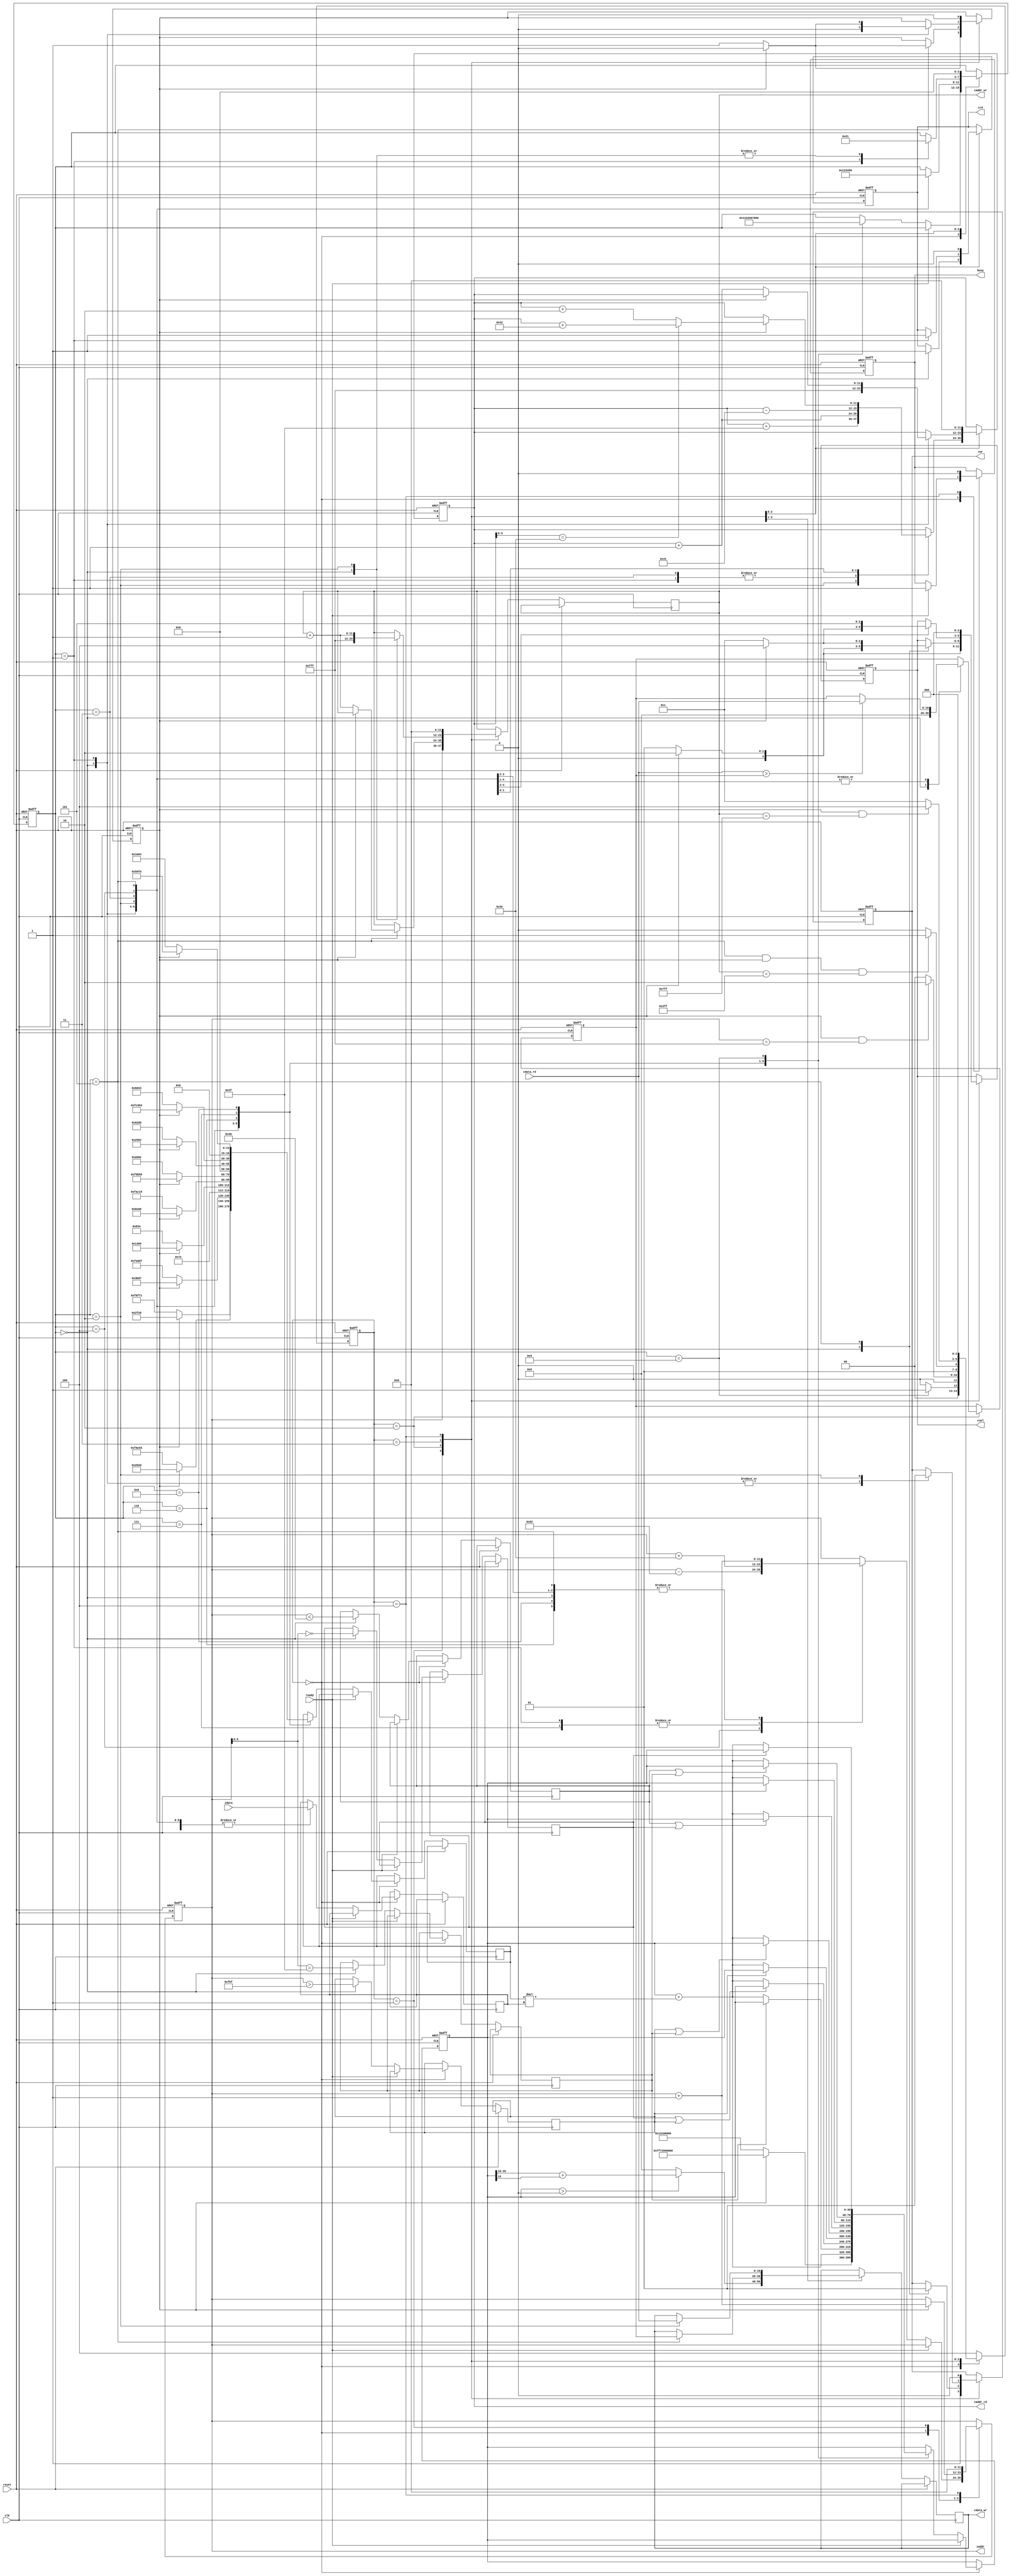

`timescale 1ns/10ps

module  CONV(
	input		clk,
	input		reset,
	output	reg	busy,	
	input		ready,	
			
	output	reg [11:0]	iaddr,
	input	[19:0]	idata,	
	
	output	reg	cwr,
	output	reg [11:0] caddr_wr,
	output	reg [19:0] cdata_wr,
	
	output	reg crd,
	output	reg [11:0] caddr_rd,
	input	[19:0] 	cdata_rd,
	
	output	reg [2:0] csel
	);


reg [2:0] state, NextState;
reg [3:0] counter;
reg signed [39:0] result;
reg signed [19:0] kernel,temp;
reg k_type;
reg up,down,left,right;
reg [19:0] local_max;
wire signed [39:0] mul;

assign mul = kernel * temp;


parameter Convolutional = 0;
parameter ReLU = 1;
parameter MaxPooling = 2;
parameter Flatten = 3;
parameter Finish = 4;

//Sequential circuit
always @(posedge clk or posedge reset) 
begin
	if(reset)
	begin
       iaddr <= 0;
	   busy <= 0;
	   result <= 0;
	   k_type <= 0;
	   cwr <= 0;
	   crd <= 0;
	   csel <= 0;
	   counter <= 0;
	   caddr_rd <= 0;
       local_max <= 0;
	   state <= Convolutional;
	end
	else
	begin
		state <= NextState;
	    case(state)
        Convolutional:begin
			           if(ready)
					   begin
					   	  busy <= 1;
					   end
					   else
					   begin
                        case(counter)
                        0:begin
							 if(k_type)
							 begin
							   result <= 40'hFF72950000;
                               kernel <= 20'h02F20;
							 end
							 else
							 begin
							   result <= 40'h0013100000;
							   kernel <= 20'hF8F71;
							 end
							 up <= (iaddr < 64);
							 left <= (iaddr[5:0] == 0);
							 right <= (iaddr[5:0] == 63);
							 down <= (iaddr > 4031);
							 temp <= idata;
							 iaddr <= iaddr + 1;
                             counter <= 1;
						  end

						1:begin
							 if(k_type)
                               kernel <= 20'h0202D;
							 else
							   kernel <= 20'hF6E54;
							 temp <= idata;
							 result <= result + mul;
							 iaddr <= iaddr + 62;
							 counter <= 2;
						  end

						2:begin
							 if(right)
							 begin
							 end
							 else
							 begin
								result <= result + mul;
							 end
							 if(k_type)
                               kernel <= 20'h03BD7;
							 else
							   kernel <= 20'hFA6D7;
							 temp <= idata;
							 iaddr <= iaddr + 1;
							 counter <= 3;
						  end

						3:begin
							 if(left || down)
							 begin
							 end
							 else
							 begin
								result <= result + mul;
							 end
							 if(k_type)
                               kernel <= 20'hFD369;
							 else
							   kernel <= 20'hFC834;
							 temp <= idata;
							 iaddr <= iaddr + 1;
							 counter <= 4;
						  end

						4:begin
							 if(down)
							 begin
							 end
							 else
							 begin
								result <= result + mul;
							 end
							 if(k_type)
                               kernel <= 20'h05E68;
							 else
							   kernel <= 20'hFAC19;
							 temp <= idata;
							 iaddr <= iaddr - 130;
							 counter <= 5;
						  end

						5:begin
							 if(down || right)
							 begin
							 end
							 else
							 begin
								result <= result + mul;
							 end
							 if(k_type)
                               kernel <= 20'hFDB55;
							 else
							   kernel <= 20'h0A89E;
							 temp <= idata;
							 iaddr <= iaddr + 1;
							 counter <= 6;
						  end

						6:begin
							 if(up || left)
							 begin
							 end
							 else
							 begin
								result <= result + mul;
							 end
							 if(k_type)
                               kernel <= 20'h02992;
							 else
							   kernel <= 20'h092D5;
							 temp <= idata;
							 iaddr <= iaddr + 1;
							 counter <= 7;
						  end

						7:begin
							 if(up)
							 begin
							 end
							 else
							 begin
								result <= result + mul;
							 end
							 if(k_type)
                               kernel <= 20'hFC994;
							 else
							   kernel <= 20'h06D43;
							 temp <= idata;
							 iaddr <= iaddr + 62;
							 counter <= 8;
						  end

						8:begin
							 if(up || right)
							 begin
							 end
							 else
							 begin
								result <= result + mul;
							 end
							 if(k_type)
                               kernel <= 20'h050FD;
							 else
							   kernel <= 20'h01004;
							 temp <= idata;
							 iaddr <= iaddr + 1;
							 counter <= 9;
						  end
						
						9:begin
							 if(left)
							 begin
							 end
							 else
							 begin
								result <= result + mul;
							 end
                             counter <= 0;
						  end
						endcase
		              end
		           end

		ReLU:begin
			    if(k_type)
				begin
                    csel <= 2;
					iaddr <= iaddr + 1;
					k_type <= 0;
				end
				else
				begin
				    csel <= 1;
					k_type <= 1;
				end

                cwr <= 1;
				caddr_wr <= iaddr;
			    if(result > 0)
				begin
				  cdata_wr <= result[35:16] + (result[15] == 1);
				end
				else
				begin
				  cdata_wr <= 0;
				end
		     end

		MaxPooling:begin
                      case(counter)
                      0:begin						  
			              cwr <= 0;
					      crd <= 1;
						  if(k_type)
					      begin
                             csel <= 2;
					      end
					      else
					      begin
                             csel <= 1;
					      end					  
						  local_max <= 0;
						  counter <= 1;
					    end

					  1:begin
                           local_max <= (cdata_rd > local_max)?cdata_rd:local_max;
						   caddr_rd <= caddr_rd + 1;
						   counter <= 2;
					    end

					  2:begin
						   local_max <= (cdata_rd > local_max)?cdata_rd:local_max;
						   caddr_rd <= caddr_rd + 63;
                           counter <= 3;
					    end

                      3:begin
						   local_max <= (cdata_rd > local_max)?cdata_rd:local_max;
						   caddr_rd <= caddr_rd + 1;
                           counter <= 4;
					    end

                      4:begin
                           local_max <= (cdata_rd > local_max)?cdata_rd:local_max;
						   caddr_rd <= caddr_rd - 65;
                           counter <= 5;
					    end

					  5:begin
						   cwr <= 1;
						   cdata_wr <= local_max;
						   if(k_type)
					       begin
							 if(caddr_rd[5:0] == 62)
						     begin
                                caddr_rd <= caddr_rd + 66;
						     end
						     else
						     begin
                               caddr_rd <= caddr_rd + 2;
						     end
                             csel <= 4;
						     k_type <= 0;
					       end
					       else
					       begin
                             caddr_wr <= caddr_wr + 1;
                             csel <= 3;
						     k_type <= 1;
					       end
                           counter <= 0;
					    end
					  endcase
		           end
		
		Flatten:begin
                    case(counter)
					0:begin
                        cwr <= 0;
                        caddr_wr <= 4095;
						caddr_rd <= 4095;
						counter <= 1;
						k_type <= 0;
					  end

                    1:begin
						cwr <= 0;
						crd <= 1;
                        if(k_type)
						begin
                          csel <= 4;
						  k_type <= 0;
						end
                        else
						begin
						   caddr_rd <= caddr_rd + 1;
                           csel <= 3;
						   k_type <= 1;
						end
                        counter <= 2;
					  end

					2:begin
						cwr <= 1;
                        csel <= 5;
						cdata_wr <= cdata_rd;
						caddr_wr <= caddr_wr + 1;
                        counter <= 1;
					  end

					endcase
		        end

        Finish:begin
			     caddr_rd <= 0;
				 caddr_wr <= 0;
				 iaddr <= 0;
				 cwr <= 0;
				 crd <= 0;
			     busy <= 0;
				 counter <= 0;
				 k_type <= 0;
				 csel <= 0;
		       end
	
		endcase
	end
end

//State Machine
always@(*)
begin
    case(state)
    Convolutional:begin
		            if(counter == 9)
		              NextState = ReLU;
					else
					  NextState = Convolutional;
	              end

    ReLU:begin
		    if(k_type && iaddr == 4095)
			  NextState = MaxPooling;
			else
			  NextState = Convolutional;
	     end

    MaxPooling:begin
		         if(counter == 5 && k_type == 1 && caddr_wr == 1023)
				   NextState = Flatten;
				 else
				   NextState = MaxPooling;
	           end
	
	Flatten:begin
		       if(k_type && caddr_wr == 2047)
		          NextState = Finish;
			   else
			      NextState = Flatten;
	        end

    Finish:begin
	         NextState = Convolutional;
	       end

	default:begin
              NextState = Finish;
	        end

	endcase
end



endmodule